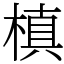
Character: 槙